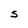
Character: S